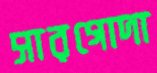
সারগোদা